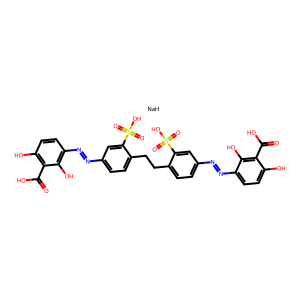
SMILES: O=C(O)c1c(O)ccc(N=Nc2ccc(CCc3ccc(N=Nc4ccc(O)c(C(=O)O)c4O)cc3S(=O)(=O)O)c(S(=O)(=O)O)c2)c1O.[NaH]
Inhibits HIV replication: Yes